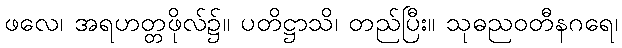
ဖလေ၊ အရဟတ္တဖိုလ်၌။ ပတိဋ္ဌာသိ၊ တည်ပြီး။ သုဓညဝတီနဂရေ၊